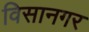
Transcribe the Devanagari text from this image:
विसानगर